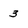
Character: 3